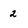
Character: 2